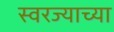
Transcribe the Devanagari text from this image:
स्वरज्याच्या